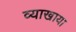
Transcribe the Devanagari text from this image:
व्याखाया